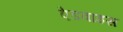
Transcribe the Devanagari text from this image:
ऐडवाइस